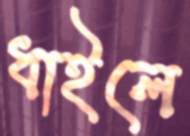
ধাইলে